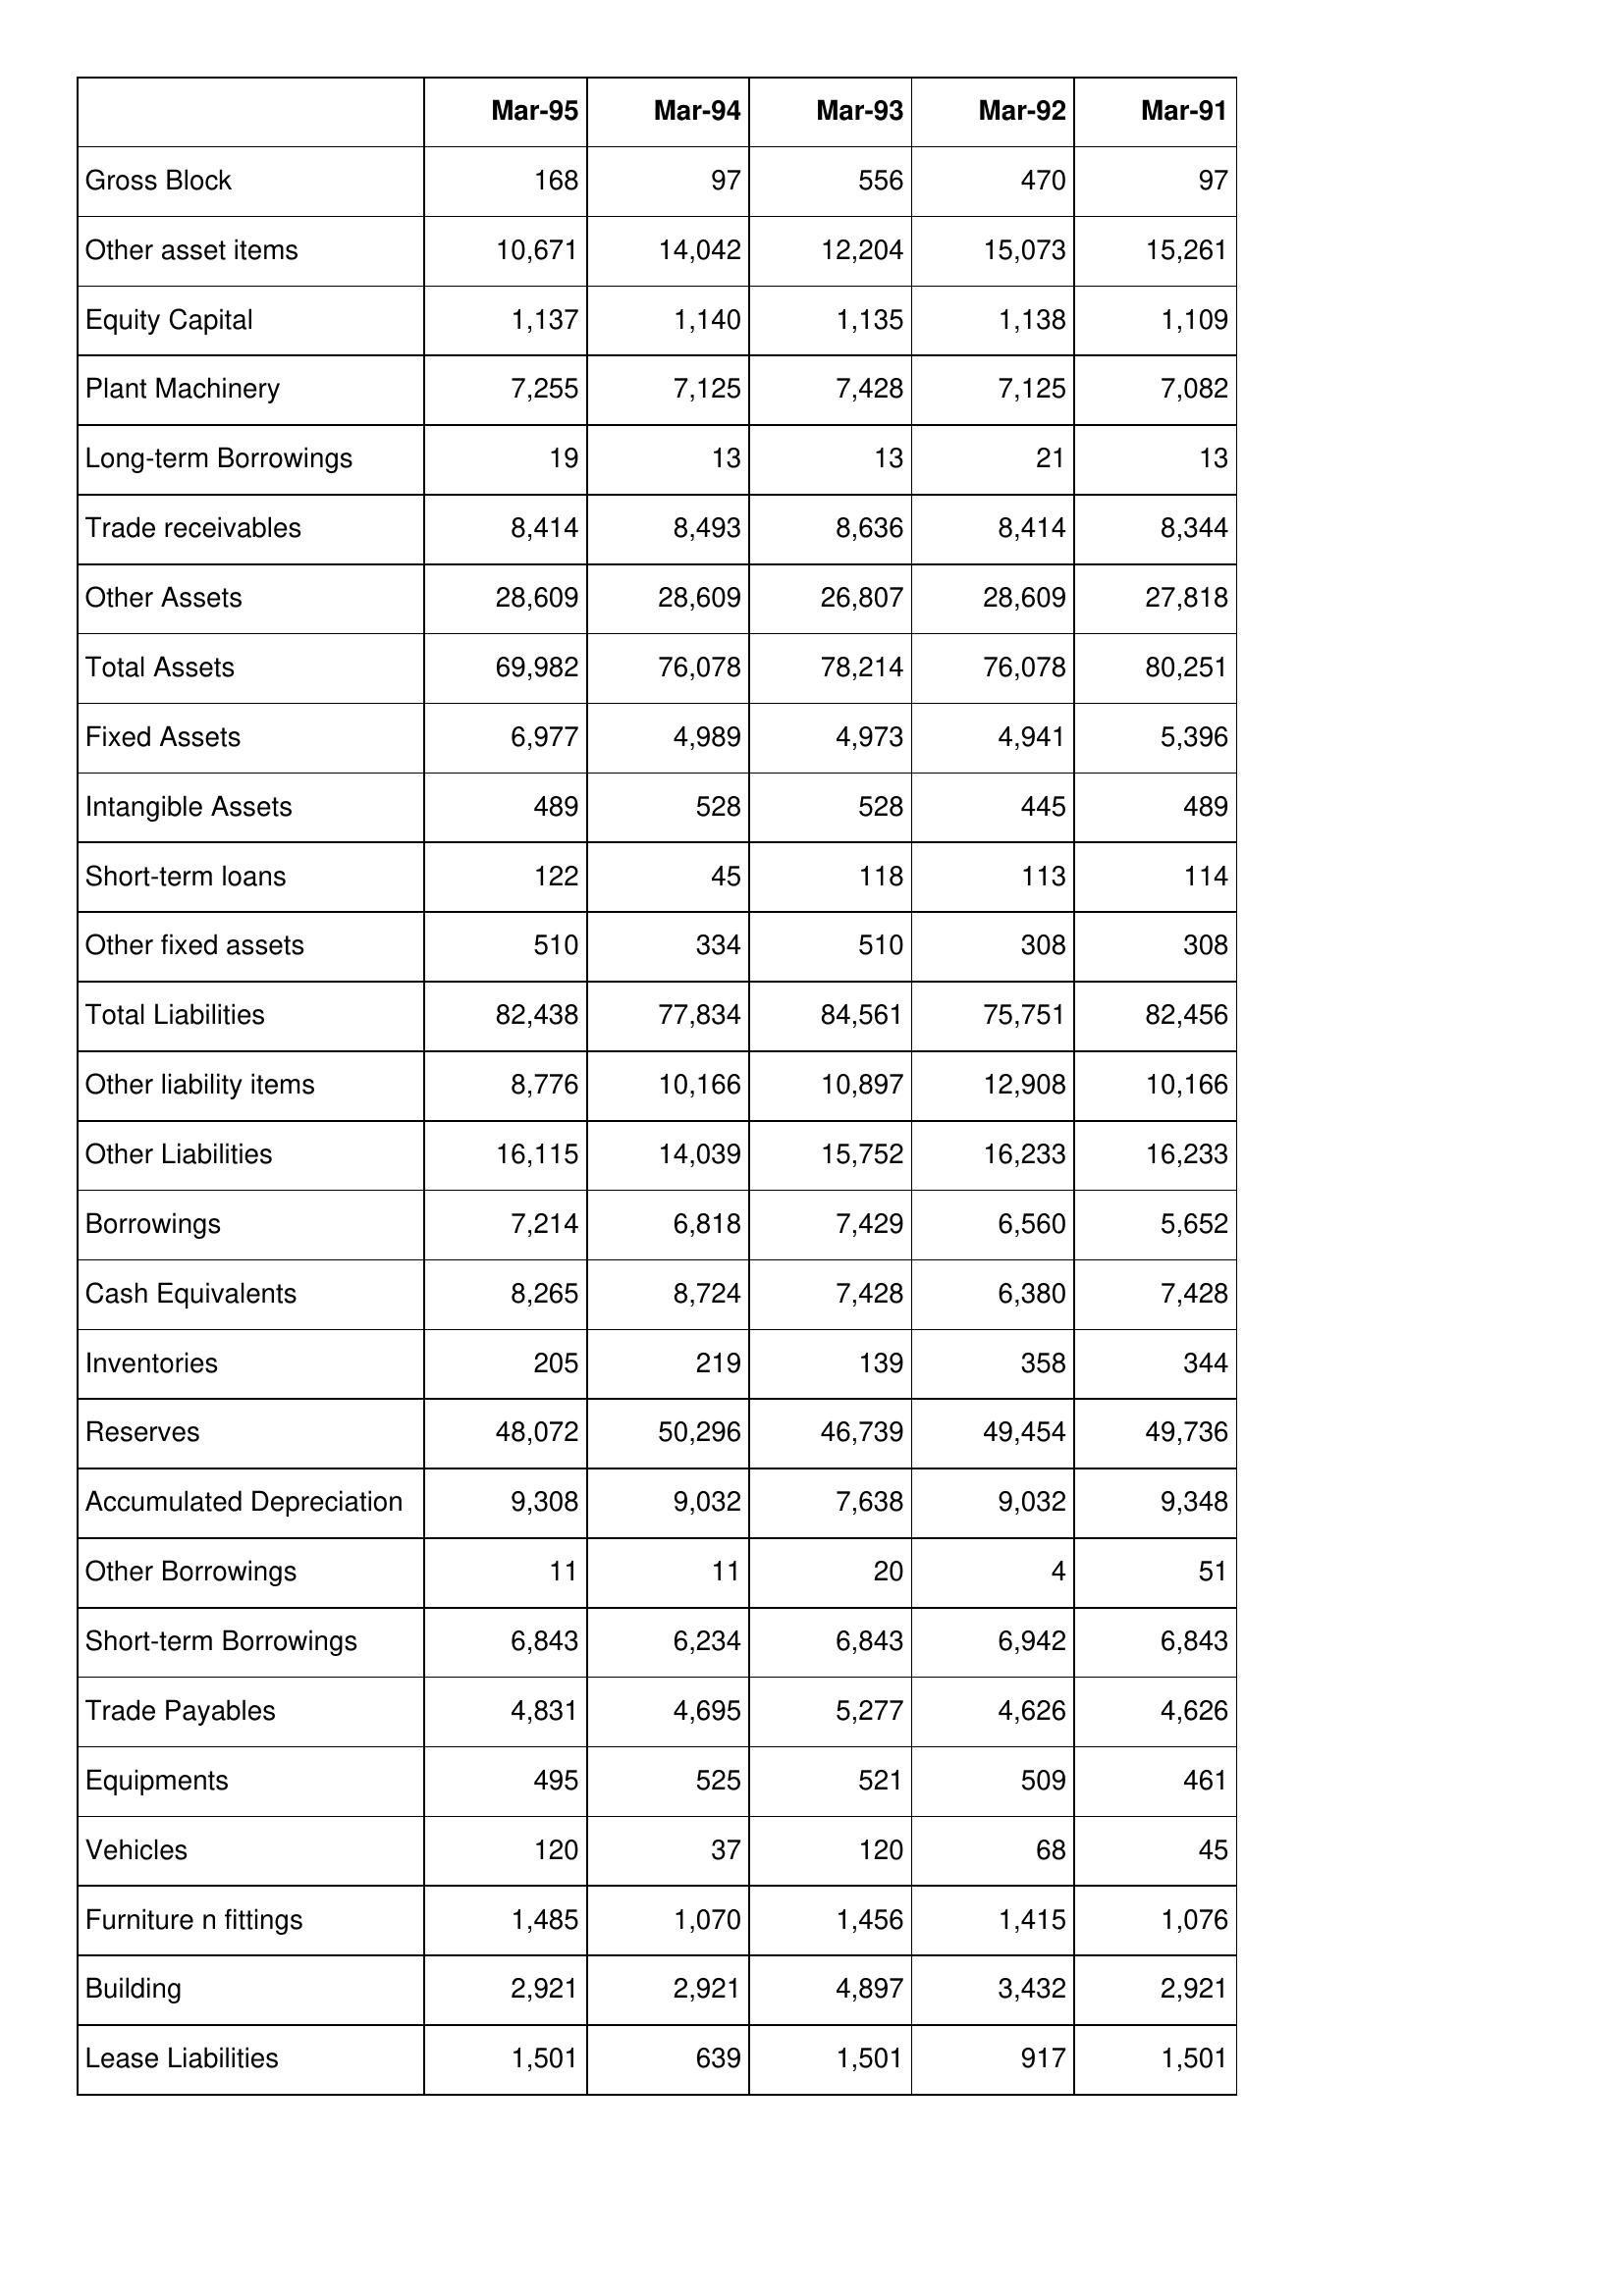
Mar-95: Balance Sheet: Gross Block: 168
Other asset items: 10,671
Equity Capital: 1,137
Plant Machinery: 7,255
Long-term Borrowings: 19
Trade receivables: 8,414
Other Assets: 28,609
Total Assets: 69,982
Fixed Assets: 6,977
Intangible Assets: 489
Short-term loans: 122
Other fixed assets: 510
Total Liabilities: 82,438
Other liability items: 8,776
Other Liabilities: 16,115
Borrowings: 7,214
Cash Equivalents: 8,265
Inventories: 205
Reserves: 48,072
Accumulated Depreciation: 9,308
Other Borrowings: 11
Short-term Borrowings: 6,843
Trade Payables: 4,831
Equipments: 495
Vehicles: 120
Furniture n fittings: 1,485
Building: 2,921
Lease Liabilities: 1,501
Mar-94: Balance Sheet: Gross Block: 97
Other asset items: 14,042
Equity Capital: 1,140
Plant Machinery: 7,125
Long-term Borrowings: 13
Trade receivables: 8,493
Other Assets: 28,609
Total Assets: 76,078
Fixed Assets: 4,989
Intangible Assets: 528
Short-term loans: 45
Other fixed assets: 334
Total Liabilities: 77,834
Other liability items: 10,166
Other Liabilities: 14,039
Borrowings: 6,818
Cash Equivalents: 8,724
Inventories: 219
Reserves: 50,296
Accumulated Depreciation: 9,032
Other Borrowings: 11
Short-term Borrowings: 6,234
Trade Payables: 4,695
Equipments: 525
Vehicles: 37
Furniture n fittings: 1,070
Building: 2,921
Lease Liabilities: 639
Mar-93: Balance Sheet: Gross Block: 556
Other asset items: 12,204
Equity Capital: 1,135
Plant Machinery: 7,428
Long-term Borrowings: 13
Trade receivables: 8,636
Other Assets: 26,807
Total Assets: 78,214
Fixed Assets: 4,973
Intangible Assets: 528
Short-term loans: 118
Other fixed assets: 510
Total Liabilities: 84,561
Other liability items: 10,897
Other Liabilities: 15,752
Borrowings: 7,429
Cash Equivalents: 7,428
Inventories: 139
Reserves: 46,739
Accumulated Depreciation: 7,638
Other Borrowings: 20
Short-term Borrowings: 6,843
Trade Payables: 5,277
Equipments: 521
Vehicles: 120
Furniture n fittings: 1,456
Building: 4,897
Lease Liabilities: 1,501
Mar-92: Balance Sheet: Gross Block: 470
Other asset items: 15,073
Equity Capital: 1,138
Plant Machinery: 7,125
Long-term Borrowings: 21
Trade receivables: 8,414
Other Assets: 28,609
Total Assets: 76,078
Fixed Assets: 4,941
Intangible Assets: 445
Short-term loans: 113
Other fixed assets: 308
Total Liabilities: 75,751
Other liability items: 12,908
Other Liabilities: 16,233
Borrowings: 6,560
Cash Equivalents: 6,380
Inventories: 358
Reserves: 49,454
Accumulated Depreciation: 9,032
Other Borrowings: 4
Short-term Borrowings: 6,942
Trade Payables: 4,626
Equipments: 509
Vehicles: 68
Furniture n fittings: 1,415
Building: 3,432
Lease Liabilities: 917
Mar-91: Balance Sheet: Gross Block: 97
Other asset items: 15,261
Equity Capital: 1,109
Plant Machinery: 7,082
Long-term Borrowings: 13
Trade receivables: 8,344
Other Assets: 27,818
Total Assets: 80,251
Fixed Assets: 5,396
Intangible Assets: 489
Short-term loans: 114
Other fixed assets: 308
Total Liabilities: 82,456
Other liability items: 10,166
Other Liabilities: 16,233
Borrowings: 5,652
Cash Equivalents: 7,428
Inventories: 344
Reserves: 49,736
Accumulated Depreciation: 9,348
Other Borrowings: 51
Short-term Borrowings: 6,843
Trade Payables: 4,626
Equipments: 461
Vehicles: 45
Furniture n fittings: 1,076
Building: 2,921
Lease Liabilities: 1,501